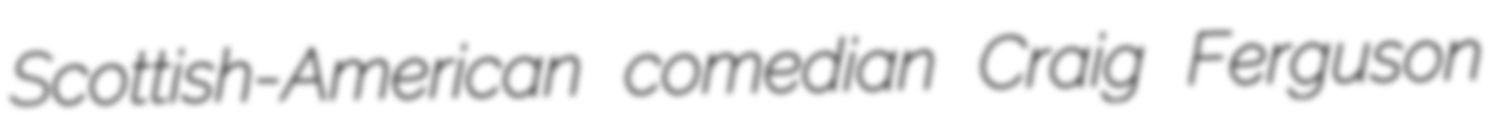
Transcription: Scottish-American comedian Craig Ferguson